Rangoon Lunatic Asylum 1878-1892 - 1878-1892
Year: 1878
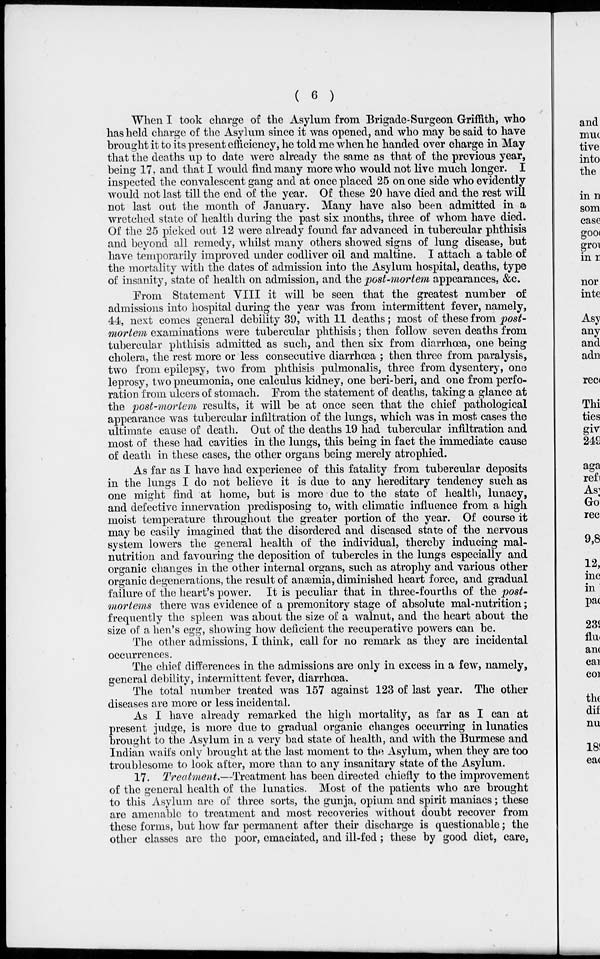
( 6 )
When I took charge of the Asylum from Brigade-Surgeon Griffith, who
has held charge of the Asylum since it was opened, and who may be said to have
brought it to its present efficiency, he told me when he handed over charge in May
that the deaths up to date were already the same as that of the previous year,
being 17, and that I would find many more who would not live much longer. I
inspected the convalescent gang and at once placed 25 on one side who evidently
would not last till the end of the year. Of these 20 have died and the rest will
not last out the month of January. Many have also been admitted in a
wretched state of health during the past six months, three of whom have died.
Of the 25 picked out 12 were already found far advanced in tubercular phthisis
and beyond all remedy, whilst many others showed signs of lung disease, but
have temporarily improved under codliver oil and maltine. I attach a table of
the mortality with the dates of admission into the Asylum hospital, deaths, type
of insanity, state of health on admission, and the post-mortem appearances, &c.
From Statement VIII it will be seen that the greatest number of
admissions into hospital during the year was from intermittent fever, namely,
44, next comes general debility 39, with 11 deaths; most of these from post-
mortem examinations were tubercular phthisis; then follow seven deaths from
tubercular phthisis admitted as such, and then six from diarrhœa, one being
cholera, the rest more or less consecutive diarrhœa ; then three from paralysis,
two from epilepsy, two from phthisis pulmonalis, three from dysentery, one
leprosy, two pneumonia, one calculus kidney, one beri-beri, and one from perfo-
ration from ulcers of stomach, From the statement of deaths, taking a glance at
the post-mortem results, it will be at once seen that the chief pathological
appearance was tubercular infiltration of the lungs, which was in most cases the
ultimate cause of death. Out of the deaths 19 had tubercular infiltration and
most of these had cavities in the lungs, this being in fact the immediate cause
of death in these cases, the other organs being merely atrophied.
As far as I have had experience of this fatality from tubercular deposits
in the lungs I do not believe it is due to any hereditary tendency such as
one might find at home, but is more due to the state of health, lunacy,
and defective innervation predisposing to, with climatic influence from a high
moist temperature throughout the greater portion of the year. Of course it
may be easily imagined that the disordered and diseased state of the nervous
system lowers the general health of the individual, thereby inducing mal-
nutrition and favouring the deposition of tubercles in the lungs especially and
organic changes in the other internal organs, such as atrophy and various other
organic degenerations, the result of anæmia, diminished heart force, and gradual
failure of the heart's power. It is peculiar that in three-fourths of the post¬
mortems there was evidence of a premonitory stage of absolute mal-nutrition;
frequently the spleen was about the size of a walnut, and the heart about the
size of a hen's egg, showing how deficient the recuperative powers can be.
The other admissions, I think, call for no remark as they are incidental
occurrences.
The chief differences in the admissions are only in excess in a few, namely,
general debility, intermittent fever, diarrhœa.
The total number treated was 157 against 123 of last year. The other
diseases are more or less incidental.
As I have already remarked the high mortality, as far as I can at
present judge, is more due to gradual organic changes occurring in lunatics
brought to the Asylum in a very bad state of health, and with the Burmese and
Indian waifs only brought at the last moment to the Asylum, when they are too
troublesome to look after, more than to any insanitary state of the Asylum.
17. Treatment.—Treatment has been directed chiefly to the improvement
of the general health of the lunatics. Most of the patients who are brought
to this Asylum are of three sorts, the gunja, opium and spirit maniacs; these
are amenable to treatment and most recoveries without doubt recover from
these forms, but how far permanent after their discharge is questionable; the
other classes are the poor, emaciated, and ill-fed; these by good diet, care,